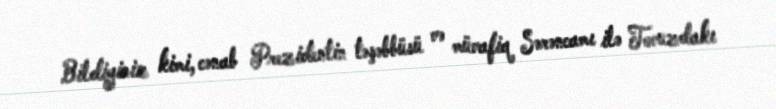
Bildiyiniz kimi, cənab Prezidentin təşəbbüsü və müvafiq Sərəncamı ilə Tovuzdakı